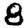
Digit: 8